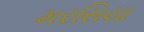
મરસિયા